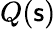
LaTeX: Q(\mathsf{s})